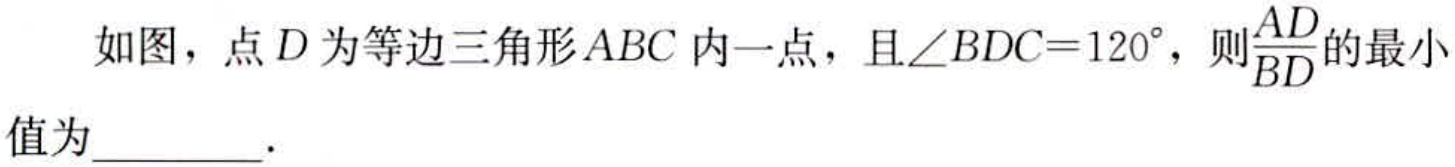
如图，点\(D\)为等边三角形\(ABC\)内一点，且\(\angle BDC = 120^{\circ}\)，则\(\frac{AD}{BD}\)的最小值为________.